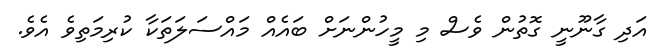
އަދި ގާނޫނީ ގޮތުން ވެސް މި މީހުންނަށް ބައެއް މައްސަލަތަކާ ކުރިމަތިވެ އެވެ.